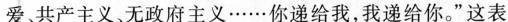
爱共产主义无政府主义……你递给我，我递给你。”这表